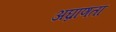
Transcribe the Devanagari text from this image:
अघ्राणता